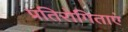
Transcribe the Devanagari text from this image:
प्रतिरोगिताएं